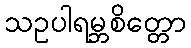
သဥပါရမ္ဘစိတ္တော